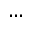
\dots